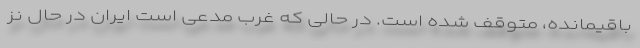
باقیمانده، متوقف شده است. در حالی که غرب مدعی است ایران در حال نز